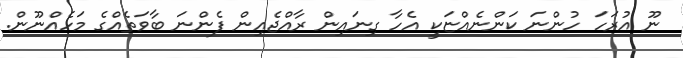
ނޫ އުރަހަ ހުންނަ ކަންނެއްޏަކީ އެހާ ގިނައިން ރާއްޖެއިން ފެންނަ ބާވަތެއްގެ މަހެއްނޫން.